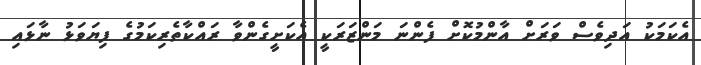
އެކަމަކު އަދިވެސް ވަރަށް އާންމުކޮށް ފެންނަ މަންޒަރަކީ އެކަށީގެންވާ ރައްކާތެރިކަމުގެ ފިޔަވަޅު ނާޅައި